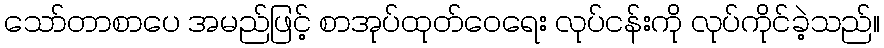
သော်တာစာပေ အမည်ဖြင့် စာအုပ်ထုတ်ဝေရေး လုပ်ငန်းကို လုပ်ကိုင်ခဲ့သည်။